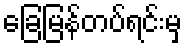
ခြေမြန်တပ်ရင်းမှ